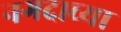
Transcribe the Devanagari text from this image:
नगदाच्या